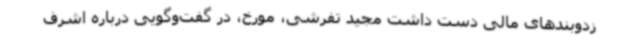
زدوبندهای مالی دست داشت مجید تفرشی، مورخ، در گفت‌وگویی درباره اشرف